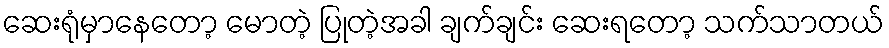
ဆေးရုံမှာနေတော့ မောတဲ့ ပြုတဲ့အခါ ချက်ချင်း ဆေးရတော့ သက်သာတယ်